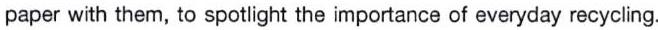
paper with them, to spotlight the importance of everyday recycling.